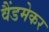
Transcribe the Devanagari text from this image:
वैंडमेकर